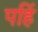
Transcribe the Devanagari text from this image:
पहिं